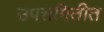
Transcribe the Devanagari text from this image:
उपसमितीत